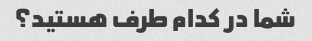
شما در کدام طرف هستید؟